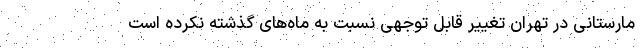
مارستانی در تهران تغییر قابل توجهی نسبت به ماه‌های گذشته نکرده است